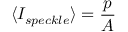
\langle I _ { s p e c k l e } \rangle = \frac { p } { A }